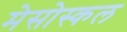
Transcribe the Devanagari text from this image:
मेसोस्कल